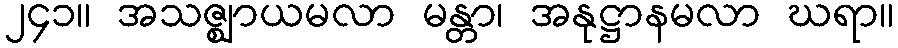
၂၄၁။ အသဇ္ဈာယမလာ မန္တာ၊ အနုဋ္ဌာနမလာ ဃရာ။